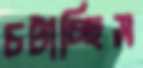
চটাচ্ছিস